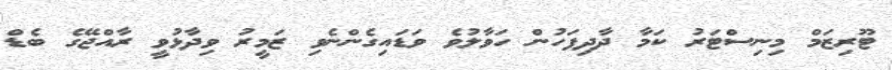
ޓޫރިޒަމް މިނިސްޓަރު ކަމާ ދާދިފަހުން ހަވާލުވެ ވަޑައިގެންނެވި ޒަމީރު ވިދާޅުވީ ރާއްޖޭގެ ބެޑް